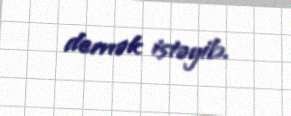
demək istəyib.